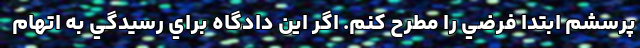
پرسشم ابتدا فرضي را مطرح كنم. اگر اين دادگاه براي رسيدگي به اتهام